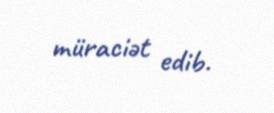
müraciət edib.